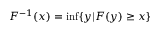
F ^ { - 1 } ( x ) = \operatorname* { i n f } \{ y | F ( y ) \geq x \}